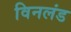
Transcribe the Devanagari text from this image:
विनलंड